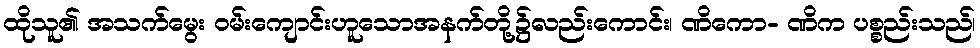
ထိုသူ၏ အသက်မွေး ဝမ်းကျောင်းဟူသောအနက်တို့၌လည်းကောင်း၊ ဏိကော- ဏိက ပစ္စည်းသည်၊